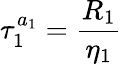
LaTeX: \tau_{1}^{a_{1}}=\frac{R_{1}}{\eta_{1}}